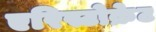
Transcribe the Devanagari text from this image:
एरिस्टोक्रेट